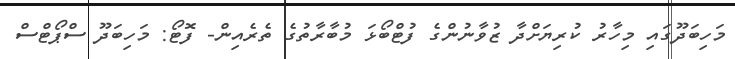
މަހިބަދޫގައި މިހާރު ކުރިޔަށްދާ ޒުވާނުންގެ ފުޓްބޯޅަ މުބާރާތުގެ ތެރެއިން- ފޮޓޯ: މަހިބަދޫ ސްޕޯޓްސް